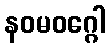
နဝမဝဂ္ဂေါ